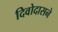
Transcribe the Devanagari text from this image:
दिवोदासने